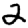
Digit: 2